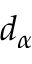
d _ { \alpha }